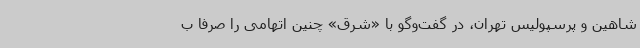
شاهین و پرسپولیس تهران، در گفت‌وگو با «شرق» چنین اتهامی را صرفا ب